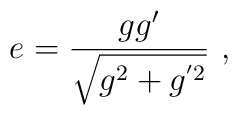
e = \frac{gg'}{\sqrt{g^2+ g^{'2}}} \ ,